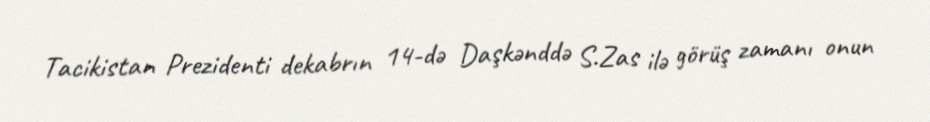
Tacikistan Prezidenti dekabrın 14-də Daşkənddə S.Zas ilə görüş zamanı onun